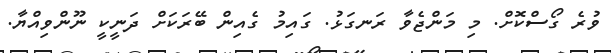
ވުރެ ގޯސްކޮށް. މި މަންޖެވާ ރަނގަޅު. ގައިމު ގެއިން ބޭރަކަށް ދަނީކީ ނޫންވިއްޔާ.